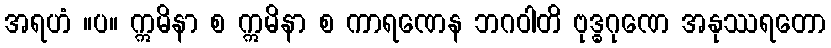
အရဟံ ။ပ။ ဣမိနာ စ ဣမိနာ စ ကာရဏေန ဘဂဝါတိ ဗုဒ္ဓဂုဏေ အနုဿရတော